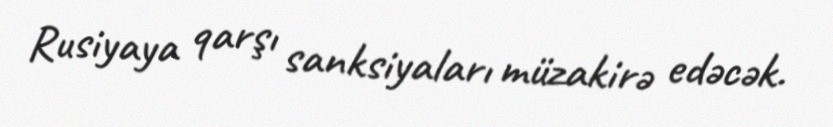
Rusiyaya qarşı sanksiyaları müzakirə edəcək.